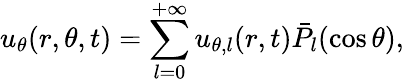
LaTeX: u_{\theta}(r,\theta,t)=\sum_{l=0}^{+\infty}u_{\theta,l}(r,t)\bar{P}_{l}(\cos\theta),